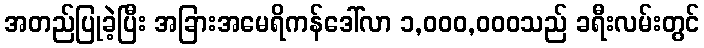
အတည်ပြုခဲ့ပြီး အခြားအမေရိကန်ဒေါ်လာ ၁,၀၀၀,၀၀၀သည် ခရီးလမ်းတွင်